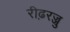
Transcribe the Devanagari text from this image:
रीढ़रज्जु